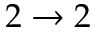
2 \to 2